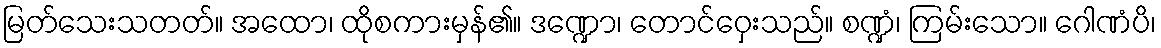
မြတ်သေးသတတ်။ အထော၊ ထိုစကားမှန်၏။ ဒဏ္ဍော၊ တောင်ဝှေးသည်။ စဏ္ဍံ၊ ကြမ်းသော။ ဂေါဏံပိ၊